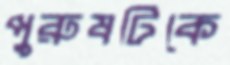
পুরুষটিকে